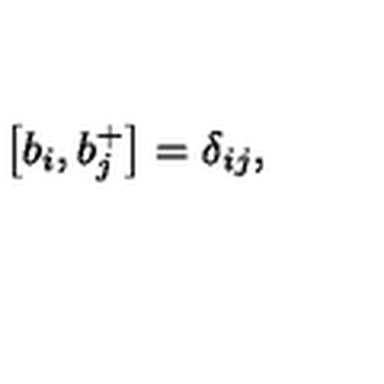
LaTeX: \left[ b _ { i } , b _ { j } ^ { + } \right] = \delta _ { i j } ,